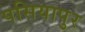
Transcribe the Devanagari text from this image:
पसियापुर